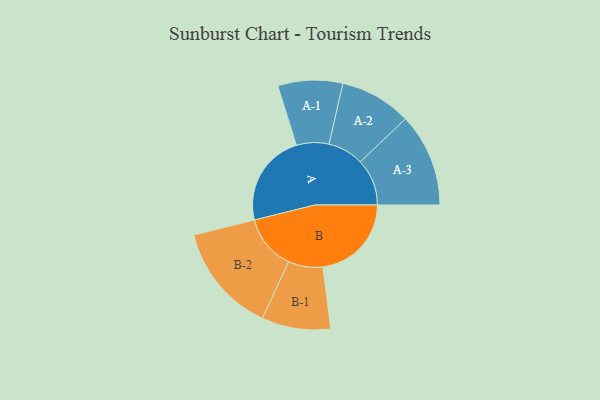
{"axis": {"x": "Segment", "y": "Value"}, "legend": ["", "A", "B"], "data": [{"x": "A", "y": 401, "type": ""}, {"x": "B", "y": 383, "type": ""}, {"x": "A-1", "y": 140, "type": "A"}, {"x": "A-2", "y": 155, "type": "A"}, {"x": "A-3", "y": 202, "type": "A"}, {"x": "B-1", "y": 149, "type": "B"}, {"x": "B-2", "y": 237, "type": "B"}]}